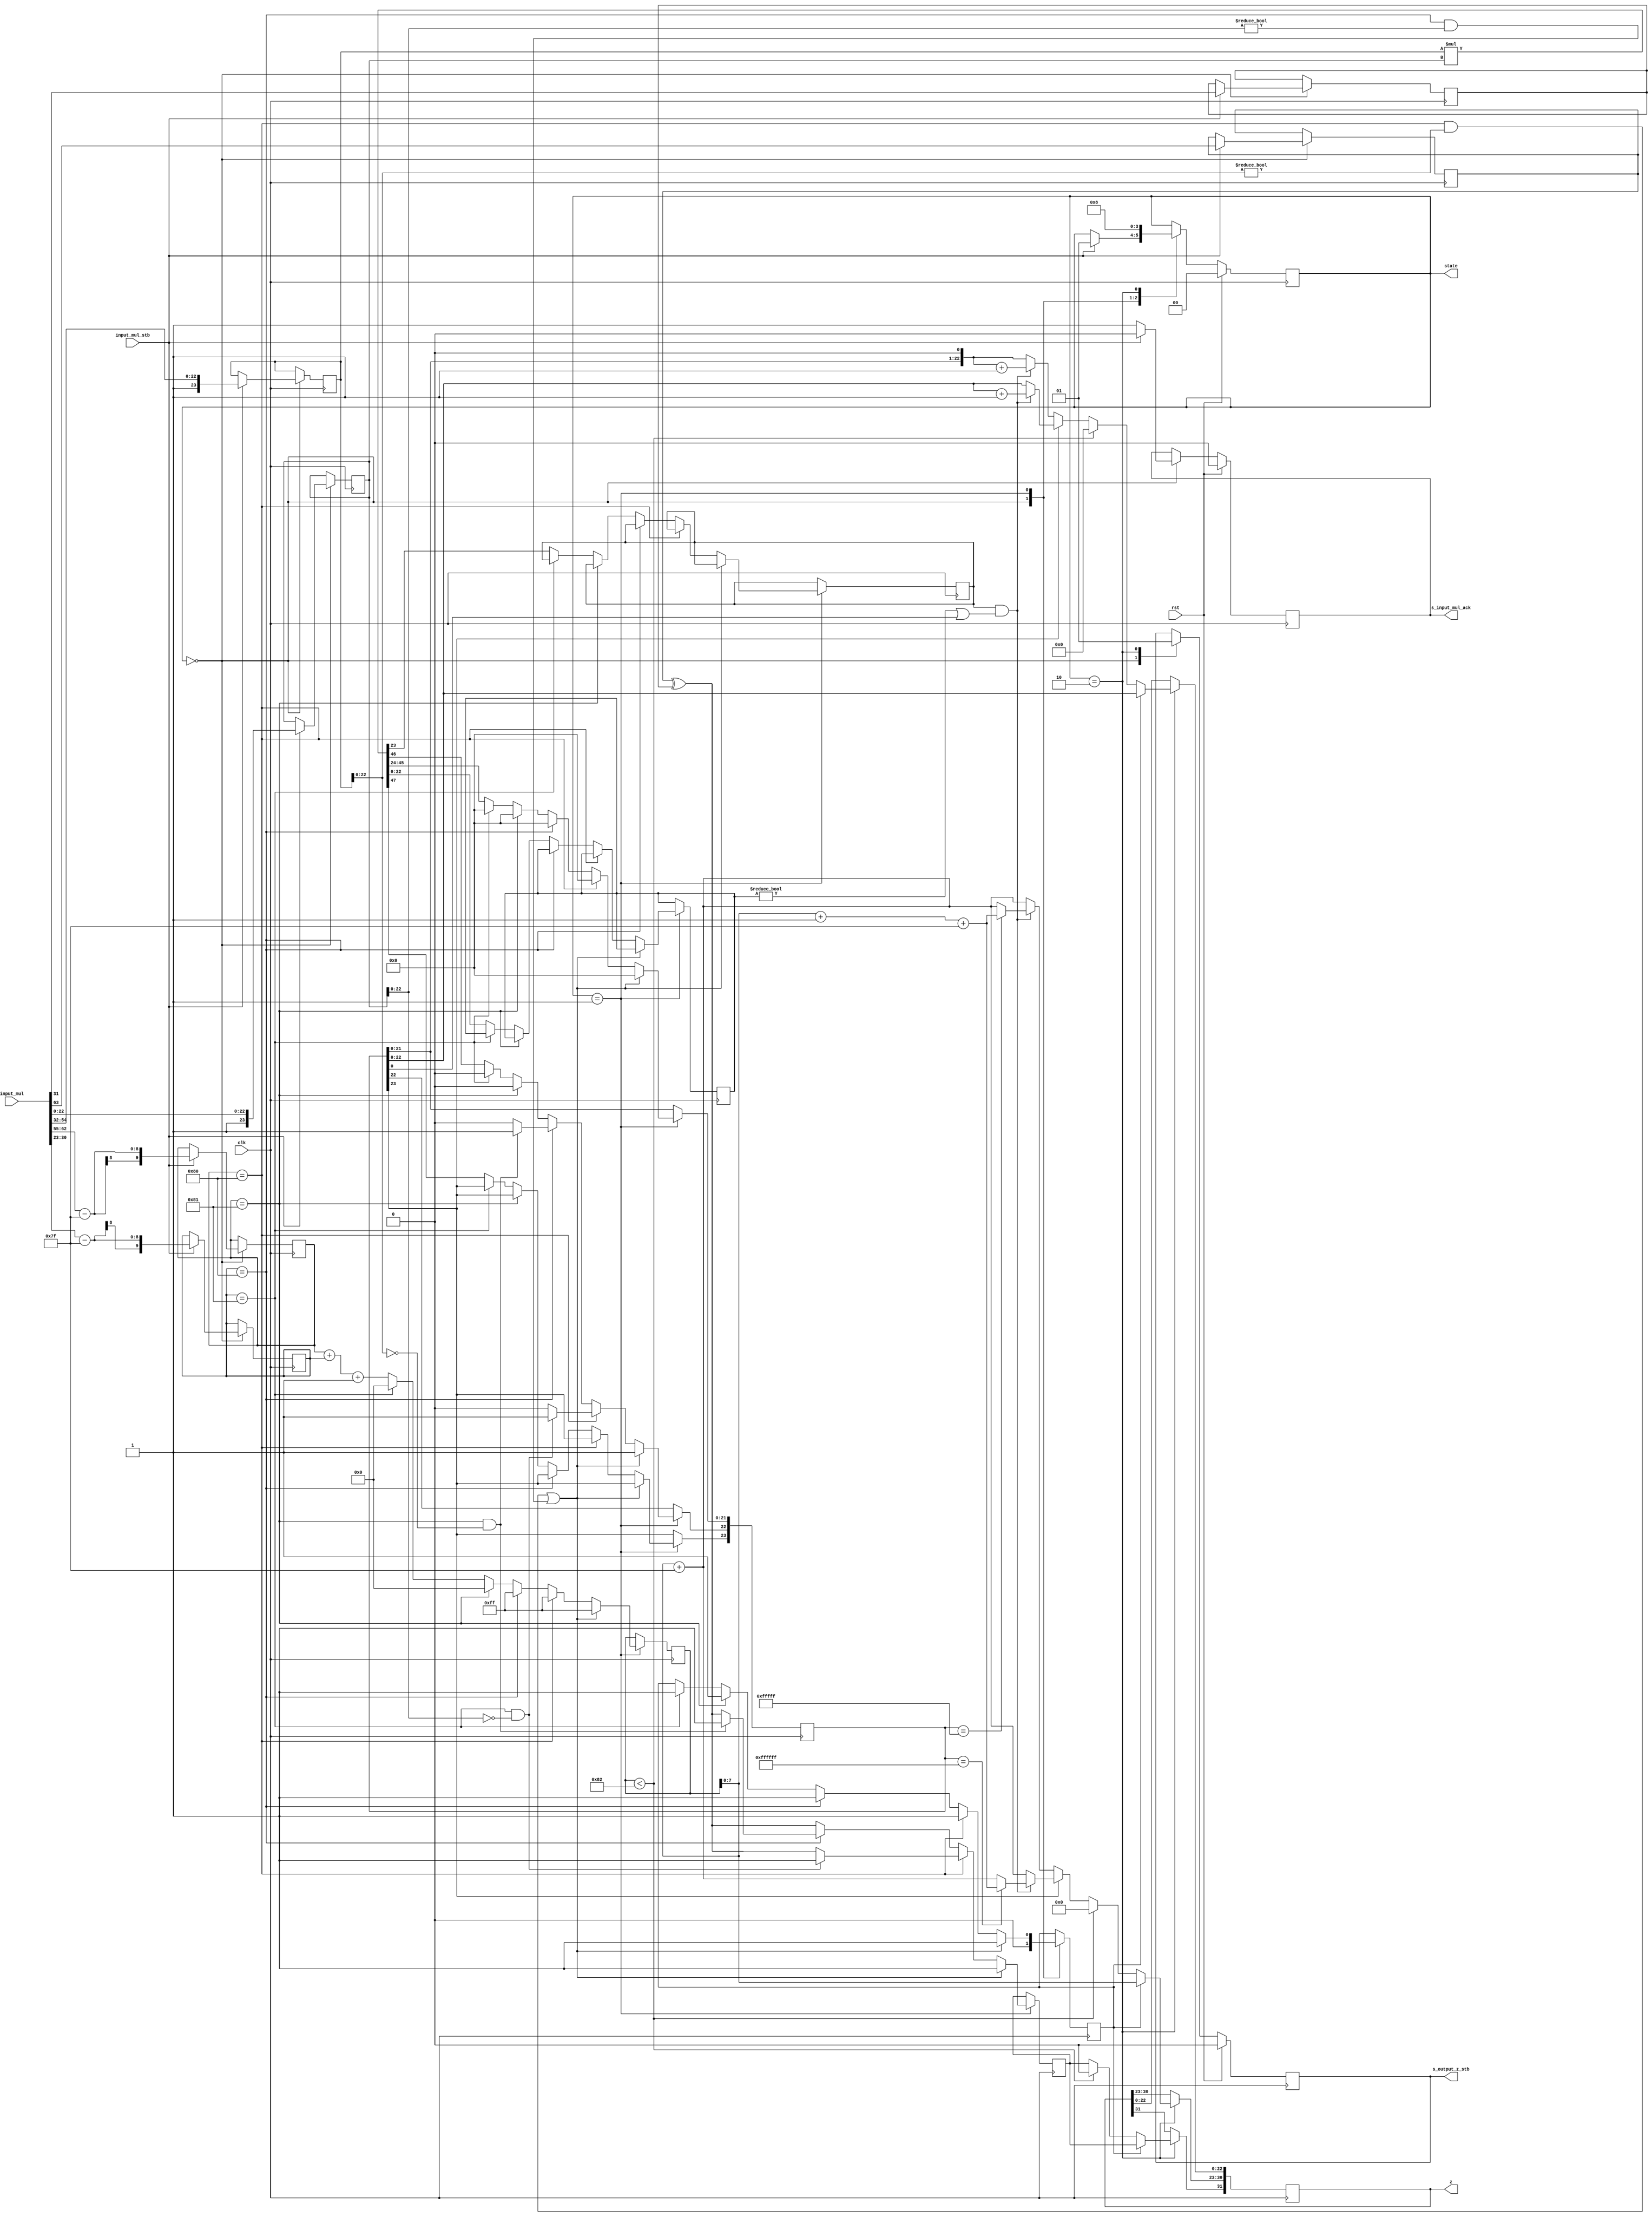
module mul_3_stage(
        input [63:0] input_mul,          //inputa[63:32] inputb[31:0]
        input input_mul_stb,  
        output reg s_input_mul_ack,        
        input clk,
        input rst,
        output reg [31:0] z,
        output reg s_output_z_stb,      //output z valid
        output reg [1:0] state
        );
  
  parameter get           = 2'd0,
            multiply      = 2'd1,
            put_z         = 2'd2;
            
  //ʡa, b.        
  reg       [23:0] a_m, b_m, z_m;
  reg       [9:0] a_e, b_e, z_e;
  reg       z_s, a_s, b_s;
  reg       guard;
  wire      sticky;
  reg       [22:0] sticky_judge;
  reg       z_finish;
  assign sticky = (sticky_judge != 0);

  
  always @(posedge clk)
  begin
     case(state)  
     
       get:
        begin
          s_output_z_stb <= 0;
          s_input_mul_ack <= 1;
          z_finish <= 0;
          if (input_mul_stb) begin
              a_m <= {1'b1,input_mul[(22+32):32]};
              b_m <= {1'b1,input_mul[22:0]};  //ںspecial caseβǰ1
              a_e <= input_mul[(30+32):(23+32)] - 127;
              b_e <= input_mul[30:23] - 127;
              a_s <= input_mul[31+32];
              b_s <= input_mul[31];
              s_input_mul_ack <= 0;
              state <= multiply;
        end
       end
       
       multiply:
       begin
        //if a is NaN or b is NaN return NaN 
        if ((a_e == 128 && a_m[22:0] != 0) || (b_e == 128 && b_m[22:0] != 0)) begin
          z_s <= 1;
          z_e <= 255;
          z_m[22] <= 1;
          z_m[21:0] <= 0;
          state <= put_z;
          z_finish <= 1;
        //if a is inf return inf
        end else if (a_e == 128) begin
          z_s <= a_s ^ b_s;
          z_e <= 255;
          z_m[22:0] <= 0;
          z_finish <= 1;
          //if b is zero return NaN
          if (($signed(b_e) == -127) && (b_m[22:0] == 0)) begin
            z_s <= 1;
            z_e <= 255;
            z_m[22] <= 1;
            z_m[21:0] <= 0;
          end
          state <= put_z;
          z_finish <= 1;
        //if b is inf return inf
        end else if (b_e == 128) begin
          z_s <= a_s ^ b_s;
          z_e <= 255;
          z_m[22:0] <= 0;
          //if a is zero return NaN
          if (($signed(a_e) == -127) && (a_m[22:0] == 0)) begin
            z_s <= 1;
            z_e <= 255;
            z_m[22] <= 1;
            z_m[21:0] <= 0;
          end
          state <= put_z;
          z_finish <= 1;
        //if a is zero or subnormal return zero   
        end else if (($signed(a_e) == -127)) begin
          z_s <= a_s ^ b_s;
          z_e <= 0;
          z_m[22:0] <= 0;
          state <= put_z;
          z_finish <= 1;
        //if b is zero or subnormal return zero   
        end else if (($signed(b_e) == -127) ) begin
          z_s <= a_s ^ b_s;
          z_e <= 0;
          z_m[22:0] <= 0;
          state <= put_z;
          z_finish <= 1;
        //normalized number
        end else begin
          z_s <= a_s ^ b_s;
          z_e <= a_e + b_e + 1;         
          {z_m,guard,sticky_judge} <= a_m * b_m;
          state <= put_z;
        end
      end
      
      put_z:
      begin
      z [31] <= z_s;
      
      if(z_finish==0)begin   //
        if ($signed(z_e) < -126) begin //subnormal
          z <= 32'd0;
        end else if (z_m[23] == 0) begin //ֲ1
          if (guard && (sticky | z_m[0])) begin //round
          z[22:0] <= (z_m << 1) + 1;
              if (z_m == 23'h8fffff) begin
                z[30:23] <= z_e + 1 + 127;
              end else begin
                z[30:23] <= z_e + 127;
              end
          end else begin
          z[22:0] <= z_m << 1;
          z[30:23] <= z_e + 127;
          end
        end else begin //1
          if (guard && (sticky | z_m[0])) begin //round
          z[22:0] <= z_m + 1;     //z[22 : 0] <= z_m[22:0];
             if (z_m == 24'hffffff) begin 
                //z_mԽ磬z_m+1ȫ㣬z_e+1
                z[30 : 23] <= z_e + 1 + 127; //z[30 : 23] <= z_e[7:0] + 127;
             end else begin
                z[30 : 23] <= z_e + 127; 
             end           
          end else begin
          z[22:0] <= z_m;  
          z[30 : 23] <= z_e + 127; 
          end
        end
      end
      
      else begin //
         z[22:0]  <= z_m[22:0];
         z[30:23] <= z_e;
      end
      
      s_output_z_stb <= 1;
      state <= get;
      end
      
     endcase
     
     if (rst == 1) begin
      state <= get;
      s_input_mul_ack <= 0;
      s_output_z_stb <= 0;
     end
     
  end

//always @(posedge clk) if(s_output_z_stb==1) s_output_z_stb <= 0; //get

//ڣźҪڣź赲ݴ

endmodule